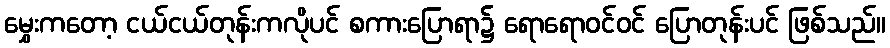
မွှေးကတော့ ငယ်ငယ်တုန်းကလိုပင် စကားပြောရာ၌ ရောရောဝင်ဝင် ပြောတုန်းပင် ဖြစ်သည်။